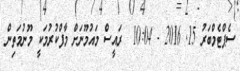
ސެޕްޓެމްބަރު 15